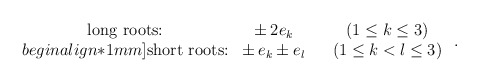
\begin{align*} \begin{array}{cccc} \mbox{long roots:} & \pm \, 2 \>\! e_k & & (1 \leq k \leq 3) \\begin{align*}1mm] \mbox{short roots:} & \pm \, e_k \pm e_l & & (1 \leq k < l \leq 3) \end{array}~.\end{align*}